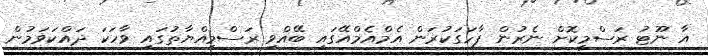
އާ ނޫޓު ރަސްމީކޮށް ނެރުން ފާހަގަކުރަން އެމްއެމްއޭގައި ބޭއްވި ރަސްމިއްޔާތުގައި ވާހަކަ ދައްކަވަމުން